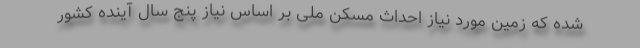
شده که زمین مورد نیاز احداث مسکن ملی بر اساس نیاز پنج سال آینده کشور